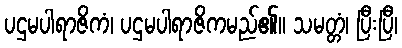
ပဌမပါရာဇိကံ၊ ပဌမပါရာဇိကမည်၏။ သမတ္တံ၊ ပြီးပြီ၊